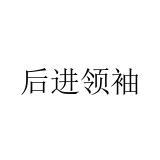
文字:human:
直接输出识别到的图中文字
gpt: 后进领袖